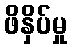
ဖိနှိပ်မှု